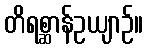
တိရစ္ဆာန်ဥယျာဉ်။